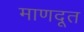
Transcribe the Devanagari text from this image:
माणदूत